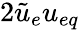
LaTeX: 2\tilde{u}_{e}u_{eq}